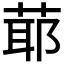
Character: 𦳃